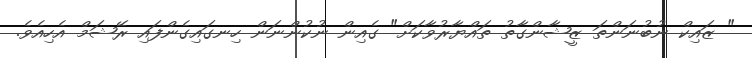
" ޒައިކް ނުބުނަންތަ ޒީޝާންގާތު ތައްޔާރުވާކަށް" ގެއިން ނުކުންނަން ހިނގައިގެންފައި ރޭޝަމް އެހިއެވެ.